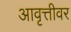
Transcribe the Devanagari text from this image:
आवृत्तीवर